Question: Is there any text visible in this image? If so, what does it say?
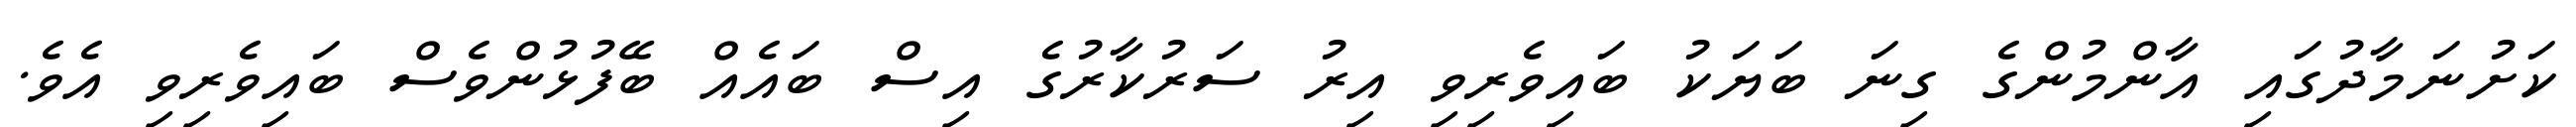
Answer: ކަށުނަމާދުގައި އާންމުންގެ ގިނަ ބަޔަކު ބައިވެރިވި އިރު ސަރުކާރުގެ އިސް ބައެއް ބޭފުޅުންވެސް ބައިވެރިވި އެވެ.